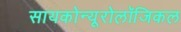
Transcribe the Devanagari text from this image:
सायकोन्यूरोलॉजिकल